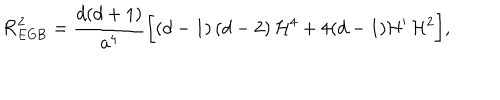
LaTeX: { \cal R } _ { \mathrm { E G B } } ^ { 2 } = \frac { d ( d + 1 ) } { a ^ { 4 } } \biggl [ ( d - 1 ) \, ( d - 2 ) \, { \cal H } ^ { 4 } + 4 ( d - 1 ) { \cal H } ^ { \prime } \, { \cal H } ^ { 2 } \biggr ] ,